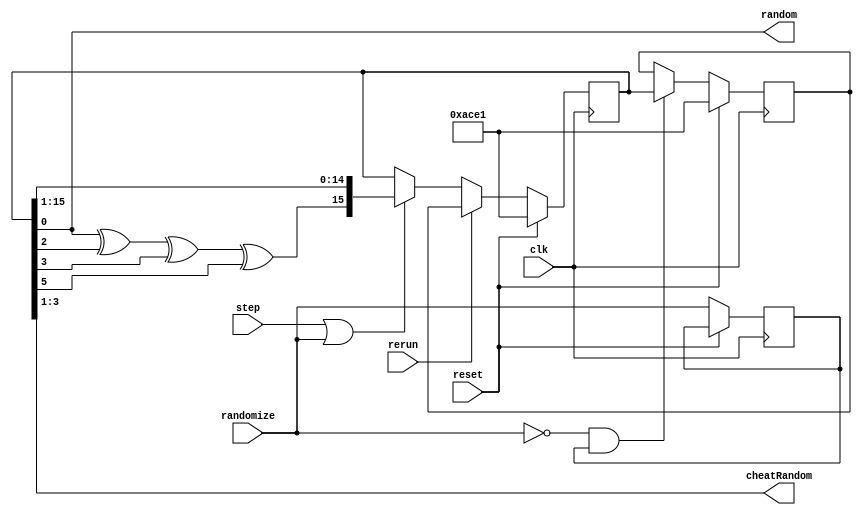
/* Linear-Feedback shift register: usado como gerador de nmeros pseudoaleatrios */

module LFSR #(parameter FILL=16'hACE1)(output [2:0] cheatRandom, output random, input step, rerun, randomize, clk, reset);

reg [15:0] lfsr, rerun_reg; // define estruturas de 16 posies para serem utilizadas 
reg randomize_d; // auxilia no armazenamento de um estado anterior do randomize
wire fb = lfsr[0] ^ lfsr[2] ^ lfsr[3] ^ lfsr[5]; // faz uma operao de XOR com alguns dos bits que esto no registrador principal
wire falling_edge_randomize  = ~randomize & randomize_d; // realiza uma combinao de dois estados da entrada randomize, sendo positiva quando h uma borda de descida 
assign random = lfsr[0]; // o ltimo bit do lfsr ser o nmero pseudoaleatrio gerado pela operao
assign cheatRandom = lfsr[3:1]; // sequncia de trs bits pseudoaleatrios

always @(posedge clk) begin // realiza processo aps borda de subida do clock
  if (reset) begin // reseta lfsr e rerun_reg para valor pr definido como parmetro
    lfsr <= FILL; 
    rerun_reg <= FILL;
  end
  else begin
    randomize_d <= randomize;

    if (step | randomize) begin // coloca um novo bit pseudoaleatrio na posio mais significativa do lfsr
      lfsr <={fb, lfsr[15:1]}; 
    end

    if (rerun) begin // armazena no lfsr um estado anterior dele armazenado previamente
      lfsr <= rerun_reg;
    end

    if (falling_edge_randomize) begin // armazena em uma estrutura auxiliar o estado do lfsruma borda de descida
      rerun_reg <= lfsr;
    end
  end
end
endmodule